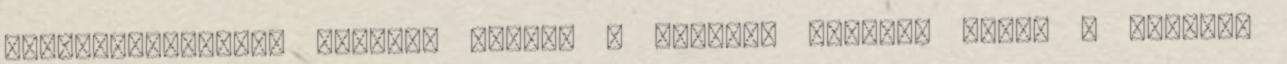
magánhasználatra további adatai A torinói halotti lepel A torinói